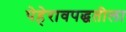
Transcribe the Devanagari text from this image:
पेहेरावपद्धतीला